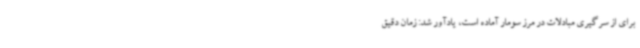
برای از سرگیری مبادلات در مرز سومار آماده است، یادآور شد: زمان دقیق